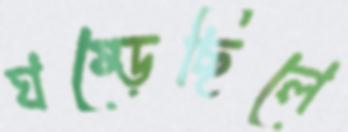
ঘষ্‌ড়েছিলে